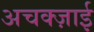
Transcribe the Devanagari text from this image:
अचक्ज़ाई